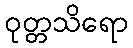
ဝုတ္တသိရော